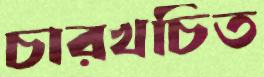
চারখচিত